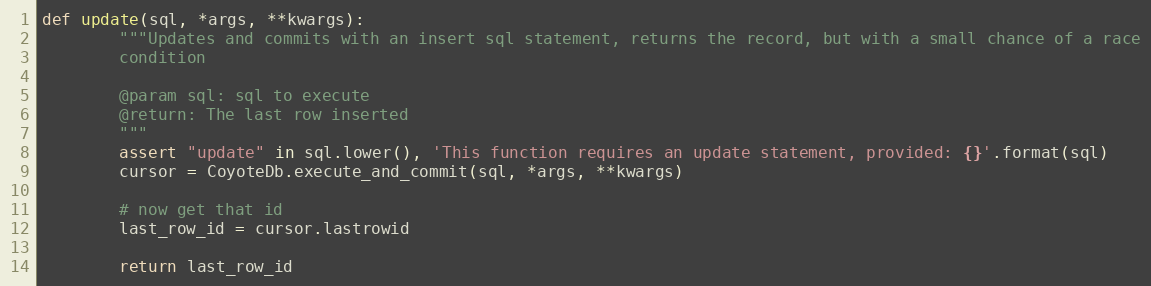
Language: Python
def update(sql, *args, **kwargs):
        """Updates and commits with an insert sql statement, returns the record, but with a small chance of a race
        condition

        @param sql: sql to execute
        @return: The last row inserted
        """
        assert "update" in sql.lower(), 'This function requires an update statement, provided: {}'.format(sql)
        cursor = CoyoteDb.execute_and_commit(sql, *args, **kwargs)

        # now get that id
        last_row_id = cursor.lastrowid

        return last_row_id